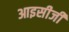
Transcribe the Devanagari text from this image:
आइसीजी